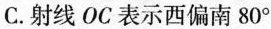
C.射线OC表示西偏南80°